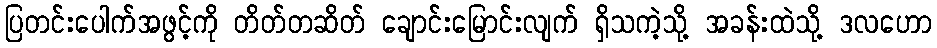
ပြတင်းပေါက်အဖွင့်ကို တိတ်တဆိတ် ချောင်းမြောင်းလျက် ရှိသကဲ့သို့ အခန်းထဲသို့ ဒလဟော